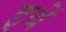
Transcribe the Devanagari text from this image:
इथें